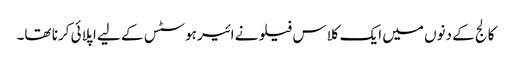
کالج کے دنوں میں ایک کلاس فیلو نے ائیرہوسٹس کے لیے اپلائی کرنا تھا۔